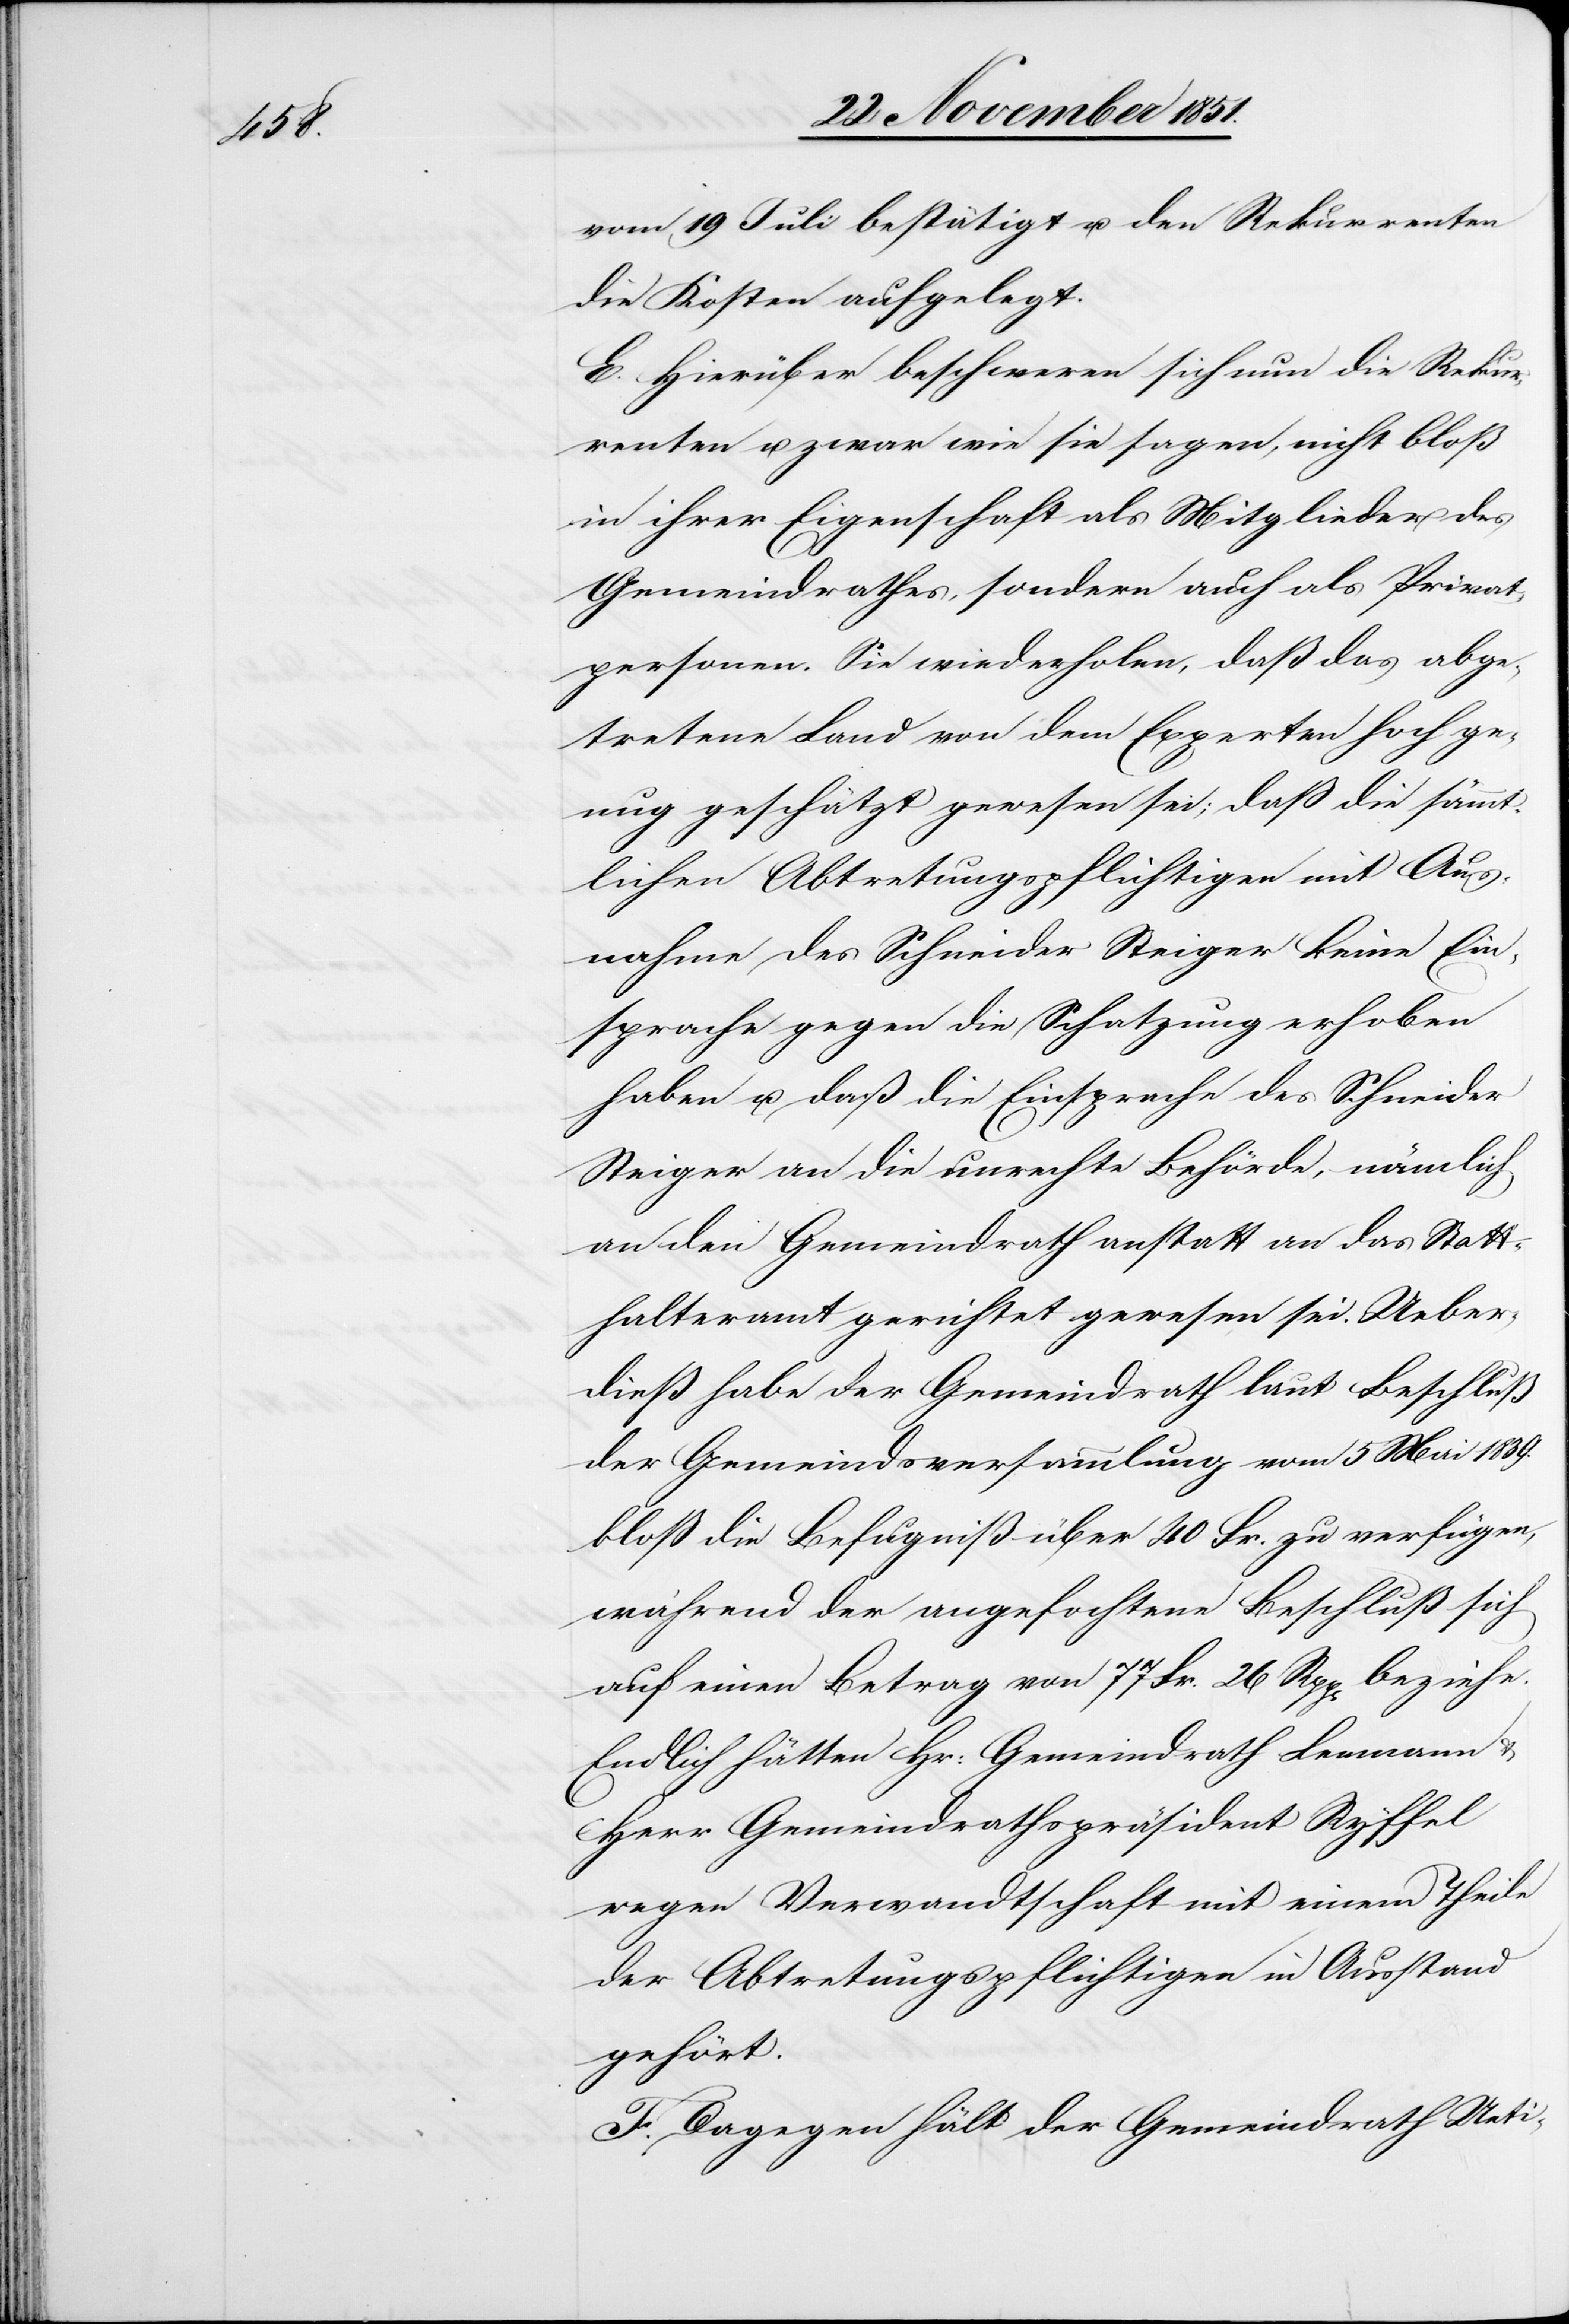
vom 19 Juli bestätigt u. den Rekurrenten
die Kosten aufgelegt.
E. Hierüber beschweren sich nun die Rekur¬
renten u. zwar wie sie sagen, nicht bloß
in ihrer Eigenschaft als Mitglieder des
Gemeindrathes, sondern auch als Privat¬
personen. Sie wiederholen, daß das abge¬
tretene Land von dem Experten hoch ge¬
nug geschätzt gewesen sei; daß die sämmt¬
lichen Abtretungspflichtigen mit Aus¬
nahme des Schneider Steiger keine Ein¬
sprache gegen die Schatzung erhoben
haben u. daß die Einsprache des Schneider
Steiger an die unrechte Behörde, nämlich
an den Gemeindrath anstatt an das Statt¬
halteramt gerichtet gewesen sei. Ueber¬
dieß habe der Gemeindrath laut Beschluß
der Gemeindsversammlung vom 5 Mai 1839.
bloß die Befugniß über 40 Fr. zu verfügen,
während der angefochtene Beschluß sich
auf einen Betrag von 77 Fr. 26 Rpp[en] beziehe.
Endlich hätten Hr: Gemeindrath Leemann &
Herr Gemeindrathspräsident Ryffel
wegen Verwandtschaft mit einem Theile
der Abtretungspflichtigen in Ausstand
gehört.
F. Dagegen hält der Gemeindrath Ueti-